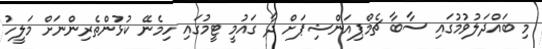
މި ބައްދަލުވުމުގައި ސާބާ ޗެމްޕިއަންޝިޕަށް ދާ ގައުމީ ޓީމުގައި ހިމެނޭ ކުޅުންތެރިންނަށް މަލީހު